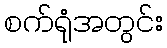
စက်ရုံအတွင်း